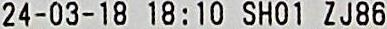
24-03-18 18:10 SH01 ZJ86